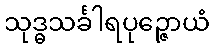
သုဒ္ဓသင်္ခါရပုဉ္ဇောယံ